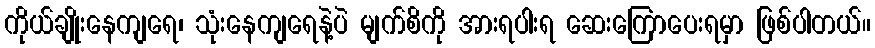
ကိုယ်ချိုးနေကျရေ၊ သုံးနေကျရေနဲ့ပဲ မျက်စိကို အားရပါးရ ဆေးကြောပေးရမှာ ဖြစ်ပါတယ်။